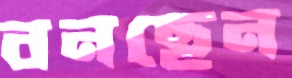
বনছেন